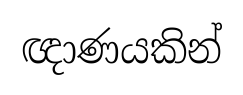
ඥාණයකින්